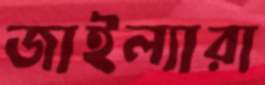
জাইল্যারা